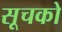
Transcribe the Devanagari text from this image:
सूचको